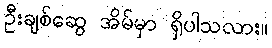
ဦးချစ်ဆွေ အိမ်မှာ ရှိပါသလား။